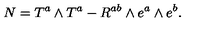
N = T ^ { a } \wedge T ^ { a } - R ^ { a b } \wedge e ^ { a } \wedge e ^ { b } .